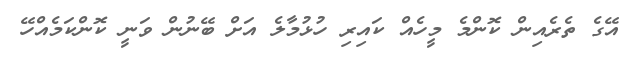
އޭގެ ތެރެއިން ކޮންމެ މީހެއް ކައިރި ހުޅުމާލެ އަށް ބޭނުން ވަނީ ކޮންކަމެއްހޭ